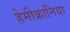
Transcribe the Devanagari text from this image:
हेमीक्रानिया